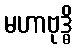
မဟာဗုဒ္ဓိ